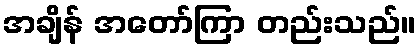
အချိန် အတော်ကြာ တည်းသည်။